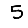
Digit: 5